Leaving Certificate Examination (including Day School Certificate (Higher) General paper), 1926
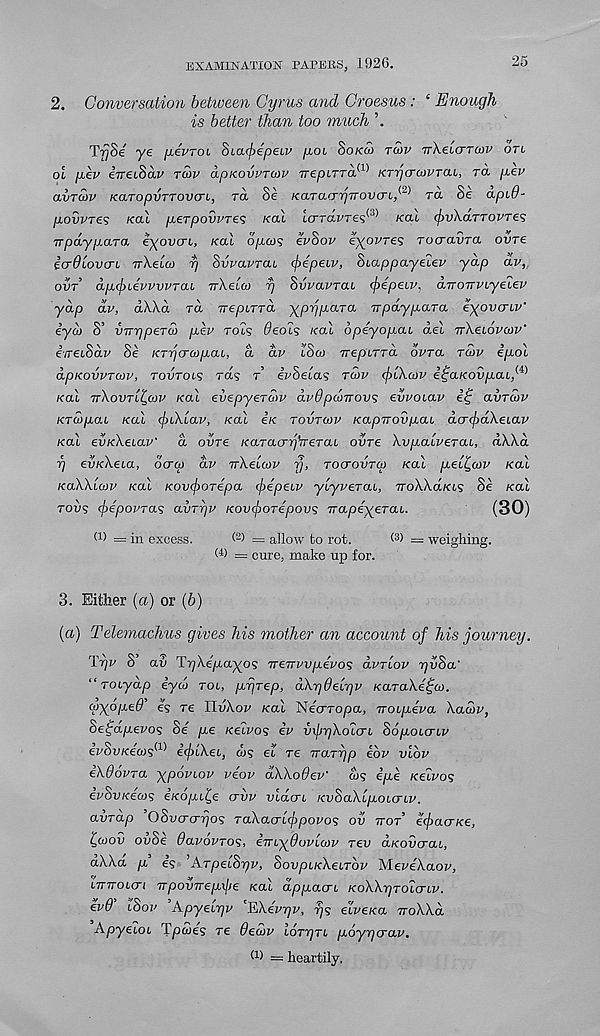
EXAMINATION PAPERS, 1926.
25
2. Conversation between Cyrus and Croesus: ‘ Enough,
is better than too much
TiySe ye yevroi Sia^epetv [AOL SOKCO TWV nXeicrTwv OTL
oi /xev eimSav TWV dpKovvrcov 7reptTra. (1) KTrjcrcovTab, ra /iev
avTuiv KCLTopvTTQV <7i, Ta Se KiaTacn/TTOVcrt/ -^ ra Se apid-
povvres KO-1 yerpovvTes Kal tcrravres <3> /eat (^lAarrovre?
TrpaypuLTa iyovcrL, Kal S/JUDS evSov eyovres Tocravra ovre
icrdlovcn, TrXeico rj Svvavrai <f)epeiv, Stappayetev yap av,
our’ dp<j)ievvvvTai TrXeta/ p Svvavrai (fiepeiv, aTTOTrvtyetev
yap av, dXXa rd Trepirra ypppara TTpaypuiTa eyovcnv'
iyco S’ vnypeTM pev rots ^eot? /eat opeyopat det rr\ei6vu>v'
i/reiSav Se KTrjcroipai, a av tSai irepiTTa ovra rdv epot
apKovvTcov, TOVTOLS rd'; T evSeta? rwv <^tA.&jv e£a/eovpat, (4)
/eat TTXOVTL^OJV Kal evep-yeTMV dvOpdirov? evvoiav it; avrcvv
KTG/pat /eat cjuXlav, Kal e’/e TOVTUIV /eapiroi/pat dcri^dXetav
Kal evKXeiav" a ovre Karacnj’iTeTai ovre Xvpatverat, dXXa
rj ev/e/ieta, ocrw dv nXelcov f/, TOCTOVTCO /eat yeL^atv Kal
KaXXlaiv Kal KOV(j)OTepa <pepe<v ytyverat, TTOXXOLKL? Se /eat
TOPS <$>4povTa<5 avTYjv KovcfxDTepovs Trapeyerat.
(30)
f 1 ) = in excess.
= allow to rot.
( 3 ) = weighing.
(i) = cure, make up for.
3. Either (a) or (6)
(a) Telemachus gives his mother an account of his journey.
Tpv S au TpXepayos TreTrvvpevos dvTiov r)v$a'
“ TOLydp eyw rot, pprep, dXrjdebqv KaraXe^co.
wyope# es re IIuXov /eat NeVropa, irotpeVa Xacov,
Sefapevo? Se / pe /eetvo? ev vxfirjXoia'L Sdpotcrtv
evSu/eews* 1 * ifiXei, ds et re Trarpp eov vlbv
iXOovra ypovtov ve'cv dXXodeW w? epe Kelvos
evSu/eea/? e/eopt^e crvv vldcri /euSaXtpotcrtv.
aurdp OSucrcrpos TaXa.crlj>povos ov TTOT efacrKe,
ICJOV ovSe davovros, iTn-^duvicov rev d/eoucrat,
aA.X.a p e? ’ArpetSpv, Soupt/eXetrov Meve’Xaov,
imrouri TTpoinreyxjte /eat appacrt /eoXXprotcrtv.
ev0 tSov Apyetpv EXevpv, p? etve/ea voXXd
Apyetot Tpa/es re Oecov tdrprt pdypcrav.
(i) = heartily,